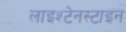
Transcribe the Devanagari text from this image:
लाइश्टेनस्टाइन